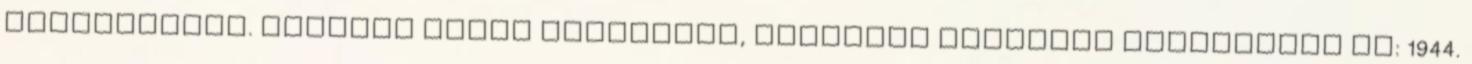
hallgatnunk. Amilyen későn kezdődött, annyival korábban fejeződött be: 1944.